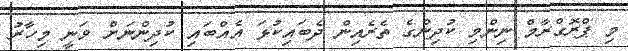
މި ޕްރޮގްރާމް ނިންމި ކުދިންގެ ތެރެއިން ދެބައިކުޅަ އެއްބައި ކުދިންނަށް ވަނީ މިހާރު